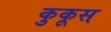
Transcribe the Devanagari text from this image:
कुकूस